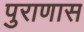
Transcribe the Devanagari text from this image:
पुराणास